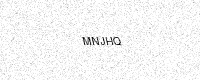
Text: MNJHQ